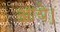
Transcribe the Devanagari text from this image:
आयेे।